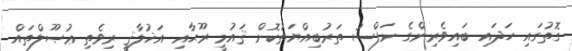
ގޮތުގައި ހަދައި ބައިވެރިންގެ ނަފްސު ތަރުބިއްޔަތުކޮށް ޤައުމީ ރޫޙާއި އަޚުލާޤީ ރިވެތި ޢުޞޫލްތައް